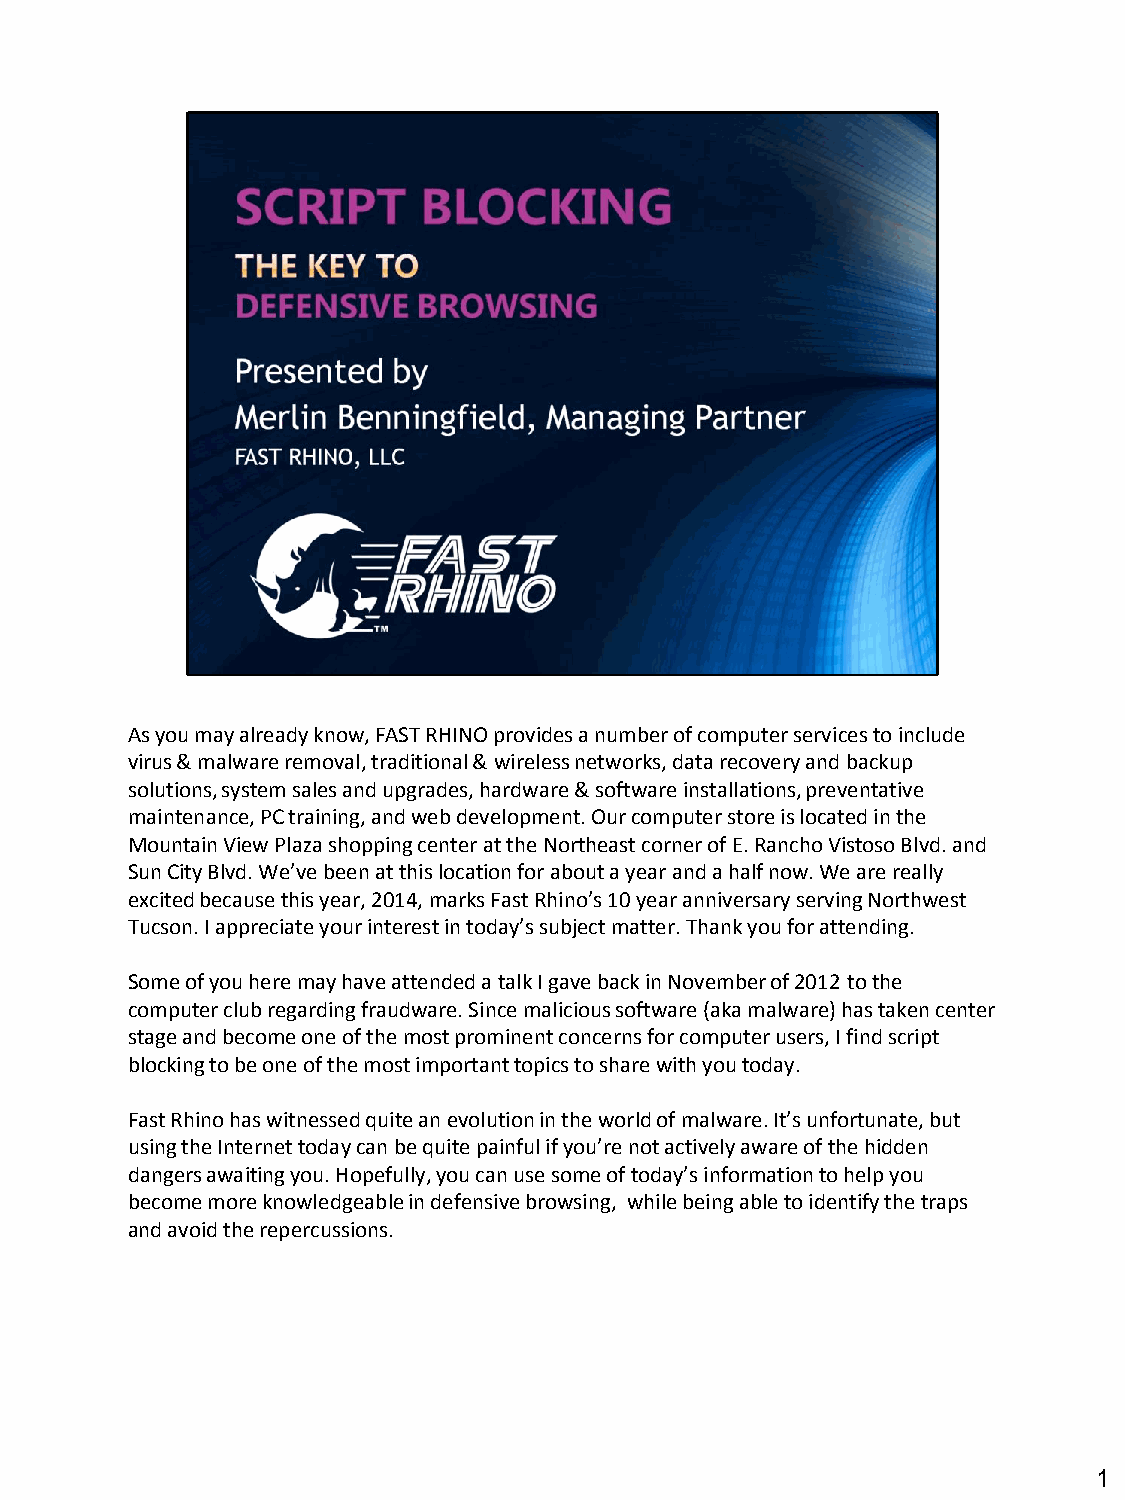
As you may already know, FAST RHINO provides a number of computer services to include
 virus & malware removal, traditional & wireless networks, data recovery and backup
 solutions, system sales and upgrades, hardware & software installations, preventative
 maintenance, PC training, and web development. Our computer store is located in the
 Mountain View Plaza shopping center at the Northeast corner of E. Rancho Vistoso Blvd. and
 Sun City Blvd. We’ve been at this location for about a year and a half now. We are really
 excited because this year, 2014, marks Fast Rhino’s 10 year anniversary serving Northwest
 Tucson. I appreciate your interest in today’s subject matter. Thank you for attending.
 Some of you here may have attended a talk I gave back in November of 2012 to the
 computer club regarding fraudware. Since malicious software (aka malware) has taken center
 stage and become one of the most prominent concerns for computer users, I find script
 blocking to be one of the most important topics to share with you today.
 Fast Rhino has witnessed quite an evolution in the world of malware. It’s unfortunate, but
 using the Internet today can be quite painful if you’re not actively aware of the hidden
 dangers awaiting you. Hopefully, you can use some of today’s information to help you
 become more knowledgeable in defensive browsing, while being able to identify the traps
 and avoid the repercussions.
 1